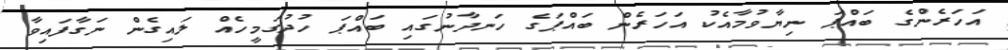
އަހަރެންގެ ބައްޕަ ނިޔާވުމާއެކު އަހަރެން ބައްޕަގެ ހަނދާނުގައި ބައްޕަ ހުދުގަމީހެއް ލައިގެން ނަގާފައިވާ